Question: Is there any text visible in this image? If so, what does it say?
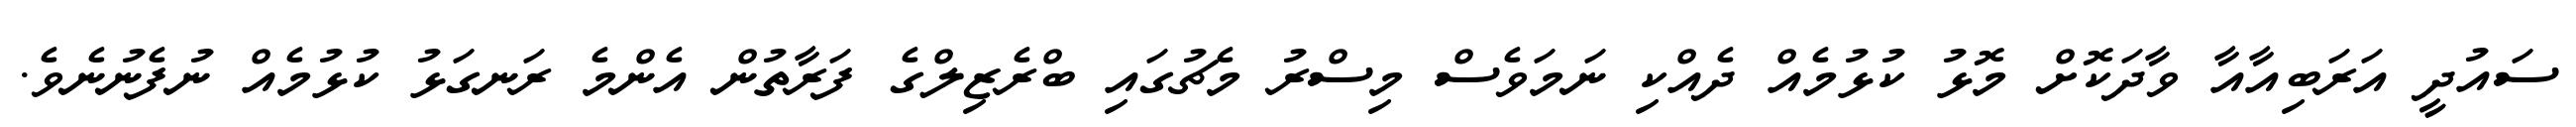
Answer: ސައުދީ އަރަބިއާއާ ވާދަކޮށް މޮޅު ކުޅުމެއް ދެއްކި ނަމަވެސް މިސްރު މެޗުގައި ބްރެޒިލްގެ ފަރާތުން އެންމެ ރަނގަޅު ކުޅުމެއް ނުފެނުނެވެ.